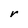
Character: r